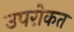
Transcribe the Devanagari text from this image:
उपरोकत